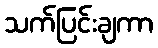
သက်ပြင်းချကာ